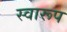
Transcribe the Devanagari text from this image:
स्वारूप